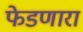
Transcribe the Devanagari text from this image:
फेडणारा